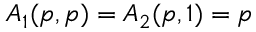
A _ { 1 } ( p , p ) = A _ { 2 } ( p , 1 ) = p